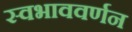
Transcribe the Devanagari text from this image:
स्वभाववर्णन